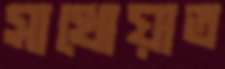
সাখোয়াত